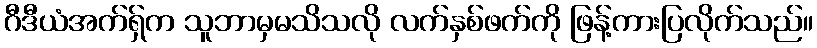
ဂီဒီယံအက်ရှ်က သူဘာမှမသိသလို လက်နှစ်ဖက်ကို ဖြန့်ကားပြလိုက်သည်။